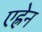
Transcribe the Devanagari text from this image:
एह्रेन